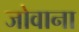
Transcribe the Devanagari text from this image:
जोवाना